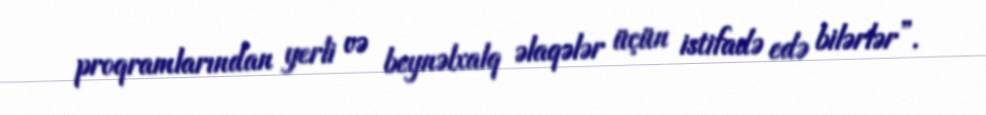
proqramlarından yerli və beynəlxalq əlaqələr üçün istifadə edə bilərlər”.